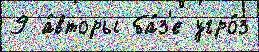
9 а́вторы ба́з'е угро́з